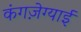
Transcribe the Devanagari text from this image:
कंगज़ेग्याई